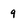
Character: q